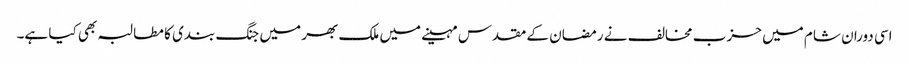
اسی دوران شام میں حزب مخالف نے رمضان کے مقدس مہینے میں ملک بھر میں جنگ بندی کا مطالبہ بھی کیا ہے۔